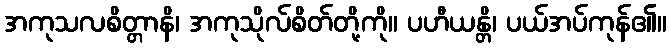
အကုသလစိတ္တာနိ၊ အကုသိုလ်စိတ်တို့ကို။ ပဟီယန္တိ၊ ပယ်အပ်ကုန်၏။